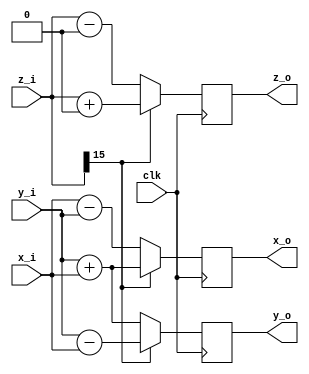
/*
************************************************************************************************
*	Module : 
*	Data   : 10,11,2014
*	Description : pipelined cordic cell
************************************************************************************************
*/
`timescale 1ns / 100ps
module cordic_cell #(
	parameter	VEC_WIDTH = 16,
	parameter	ANG_WIDTH = 16,
	parameter	THETA = 0,
	parameter	N = 0	)(
	input	wire							clk,
	input  	wire	signed	[VEC_WIDTH  :0] x_i,
	input  	wire	signed	[VEC_WIDTH  :0] y_i,
	input  	wire	signed	[ANG_WIDTH-1:0] z_i,
	output	reg 	signed	[VEC_WIDTH  :0] x_o,
	output	reg 	signed	[VEC_WIDTH  :0] y_o,
	output	reg 	signed	[ANG_WIDTH-1:0] z_o
);

always @ (posedge clk)
begin
	if (z_i[ANG_WIDTH-1] == 1'b0)	// theta is positive, Anti-clockwise
	begin
		x_o <= x_i - (y_i >>> N);
		y_o <= y_i + (x_i >>> N);
		z_o <= z_i - THETA;
	end
	else begin						// theta is negative, clockwise
		x_o <= x_i + (y_i >>> N);
		y_o <= y_i - (x_i >>> N);
		z_o <= z_i + THETA;
	end
end

endmodule